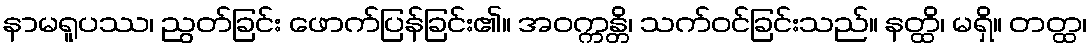
နာမရူပဿ၊ ညွတ်ခြင်း ဖောက်ပြန်ခြင်း၏။ အဝက္ကန္တိ၊ သက်ဝင်ခြင်းသည်။ နတ္ထိ၊ မရှိ။ တတ္ထ၊